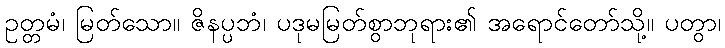
ဥတ္တမံ၊ မြတ်သော။ ဇိနပ္ပဘံ၊ ပဒုမမြတ်စွာဘုရား၏ အရောင်တော်သို့။ ပတွာ၊